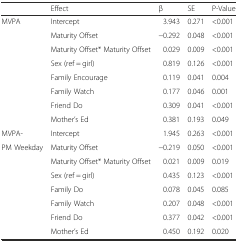
<table><thead><tr><td></td><td><b>Effect</b></td><td><b>β</b></td><td><b>SE</b></td><td><b>P-Value</b></td></tr></thead><tbody><tr><td>MVPA</td><td>Intercept</td><td>3.943</td><td>0.271</td><td>&lt;0.001</td></tr><tr><td></td><td>Maturity Offset</td><td>−0.292</td><td>0.048</td><td>&lt;0.001</td></tr><tr><td></td><td>Maturity Offset* Maturity Offset</td><td>0.029</td><td>0.009</td><td>&lt;0.001</td></tr><tr><td></td><td>Sex (ref = girl)</td><td>0.819</td><td>0.126</td><td>&lt;0.001</td></tr><tr><td></td><td>Family Encourage</td><td>0.119</td><td>0.041</td><td>0.004</td></tr><tr><td></td><td>Family Watch</td><td>0.177</td><td>0.046</td><td>0.001</td></tr><tr><td></td><td>Friend Do</td><td>0.309</td><td>0.041</td><td>&lt;0.001</td></tr><tr><td></td><td>Mother’s Ed</td><td>0.381</td><td>0.193</td><td>0.049</td></tr><tr><td>MVPA-</td><td>Intercept</td><td>1.945</td><td>0.263</td><td>&lt;0.001</td></tr><tr><td>PM Weekday</td><td>Maturity Offset</td><td>−0.219</td><td>0.050</td><td>&lt;0.001</td></tr><tr><td></td><td>Maturity Offset* Maturity Offset</td><td>0.021</td><td>0.009</td><td>0.019</td></tr><tr><td></td><td>Sex (ref = girl)</td><td>0.435</td><td>0.123</td><td>&lt;0.001</td></tr><tr><td></td><td>Family Do</td><td>0.078</td><td>0.045</td><td>0.085</td></tr><tr><td></td><td>Family Watch</td><td>0.207</td><td>0.048</td><td>&lt;0.001</td></tr><tr><td></td><td>Friend Do</td><td>0.377</td><td>0.042</td><td>&lt;0.001</td></tr><tr><td></td><td>Mother’s Ed</td><td>0.450</td><td>0.192</td><td>0.020</td></tr></tbody></table>